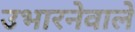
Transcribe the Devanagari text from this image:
उभारनेवाले